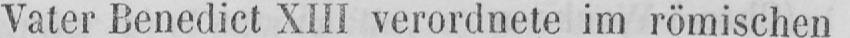
Vater Benedict XIII verordnete im römischen